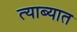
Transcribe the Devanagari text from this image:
त्याब्यात